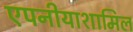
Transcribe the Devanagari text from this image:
एपनीयाशामिल